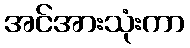
အင်အားသုံးကာ